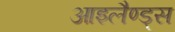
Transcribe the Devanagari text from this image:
आइलैण्ड्स